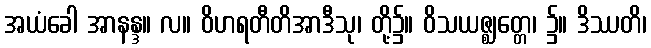
အယံခေါ အာနန္ဒ။ လ။ ဝိဟရတီတိအာဒီသု၊ တို့၌။ ဝိသယဇ္ဈတ္တေ၊ ၌။ ဒိဿတိ၊